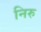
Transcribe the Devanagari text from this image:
निरु